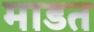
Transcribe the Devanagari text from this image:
माडत